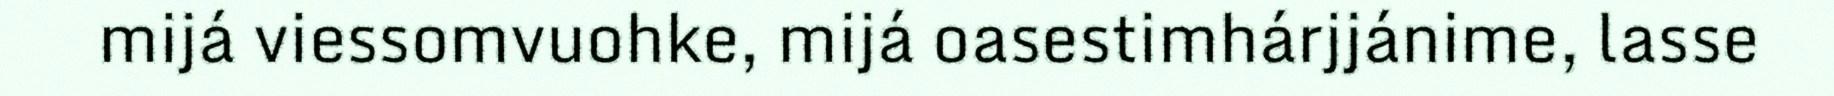
mijá viessomvuohke, mijá oasestimhárjjánime, lasse